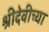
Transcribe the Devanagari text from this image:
श्रीदेवीच्या